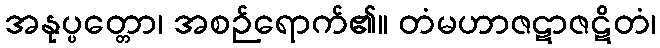
အနုပ္ပတ္တော၊ အစဉ်ရောက်၏။ တံမဟာဇဋာဇဋိတံ၊